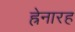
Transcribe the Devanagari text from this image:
ह्रेनारह